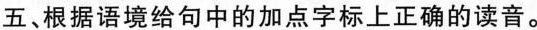
五、根据语境给句中的加点字标上正确的读音。